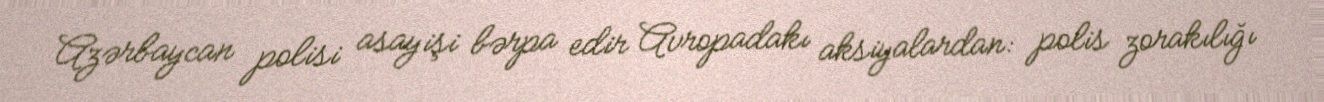
Azərbaycan polisi asayişi bərpa edir Avropadakı aksiyalardan: polis zorakılığı